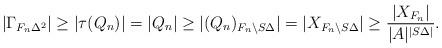
LaTeX: \begin{align*}\vert \Gamma_{F_n\Delta^2}\vert \geq \vert \tau(Q_n) \vert = |Q_n| \geq |(Q_n)_{F_n \setminus S\Delta}| = |X_{{F_n \setminus S\Delta}}| \geq \frac{|X_{F_n}|}{|A|^{|S\Delta|}}. \end{align*}